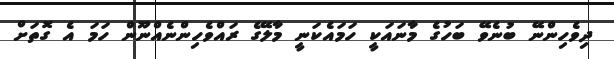
ދިވެހިންނޭ ބުނެވޭ ބަހުގެ މާނައަކީ ހަމައެކަނީ މާލޭގެ ރައްވެހިންނެއްނޫން ހަމަ އެ ގޮތަށް